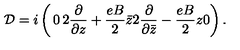
{ \cal D } = i \left( \begin{matrix} { 0 } & { 2 \frac { \partial } { \partial z } + \frac { e B } { 2 } \bar { z } } \\ { 2 \frac { \partial } { \partial \bar { z } } - \frac { e B } { 2 } z } & { 0 } \\ \end{matrix} \right) .